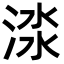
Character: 渁